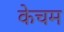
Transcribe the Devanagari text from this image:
केचम